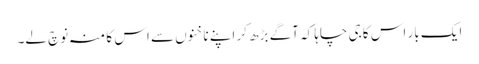
ایک بار اس کا جی چاہا کہ آگے بڑھ کر اپنے ناخنوں سے اس کا منہ نوچ لے۔